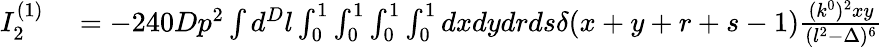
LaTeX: \begin{array}{rl}{I_{2}^{(1)}}&{{}=-240Dp^{2}\int d^{D}l\int_{0}^{1}\int_{0}^{1}\int_{0}^{1}\int_{0}^{1}dxdydrds\delta(x+y+r+s-1)\frac{(k^{0})^{2}xy}{(l^{2}-\Delta)^{6}}}\end{array}